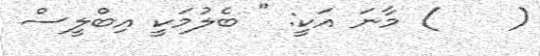
(    ) މާނަ އަކީ: " ބެލުމަކީ އިބްލީސް